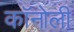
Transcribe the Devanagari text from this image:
कॉनोली